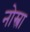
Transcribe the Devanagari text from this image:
नोस्त्रा